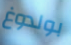
بولدوغ